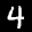
Label: 4